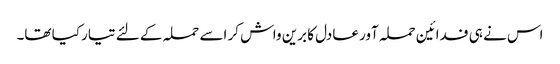
اس نے ہی فدائین حملہ آور عادل کا برین واش کر اسے حملہ کے لئے تیار کیا تھا۔